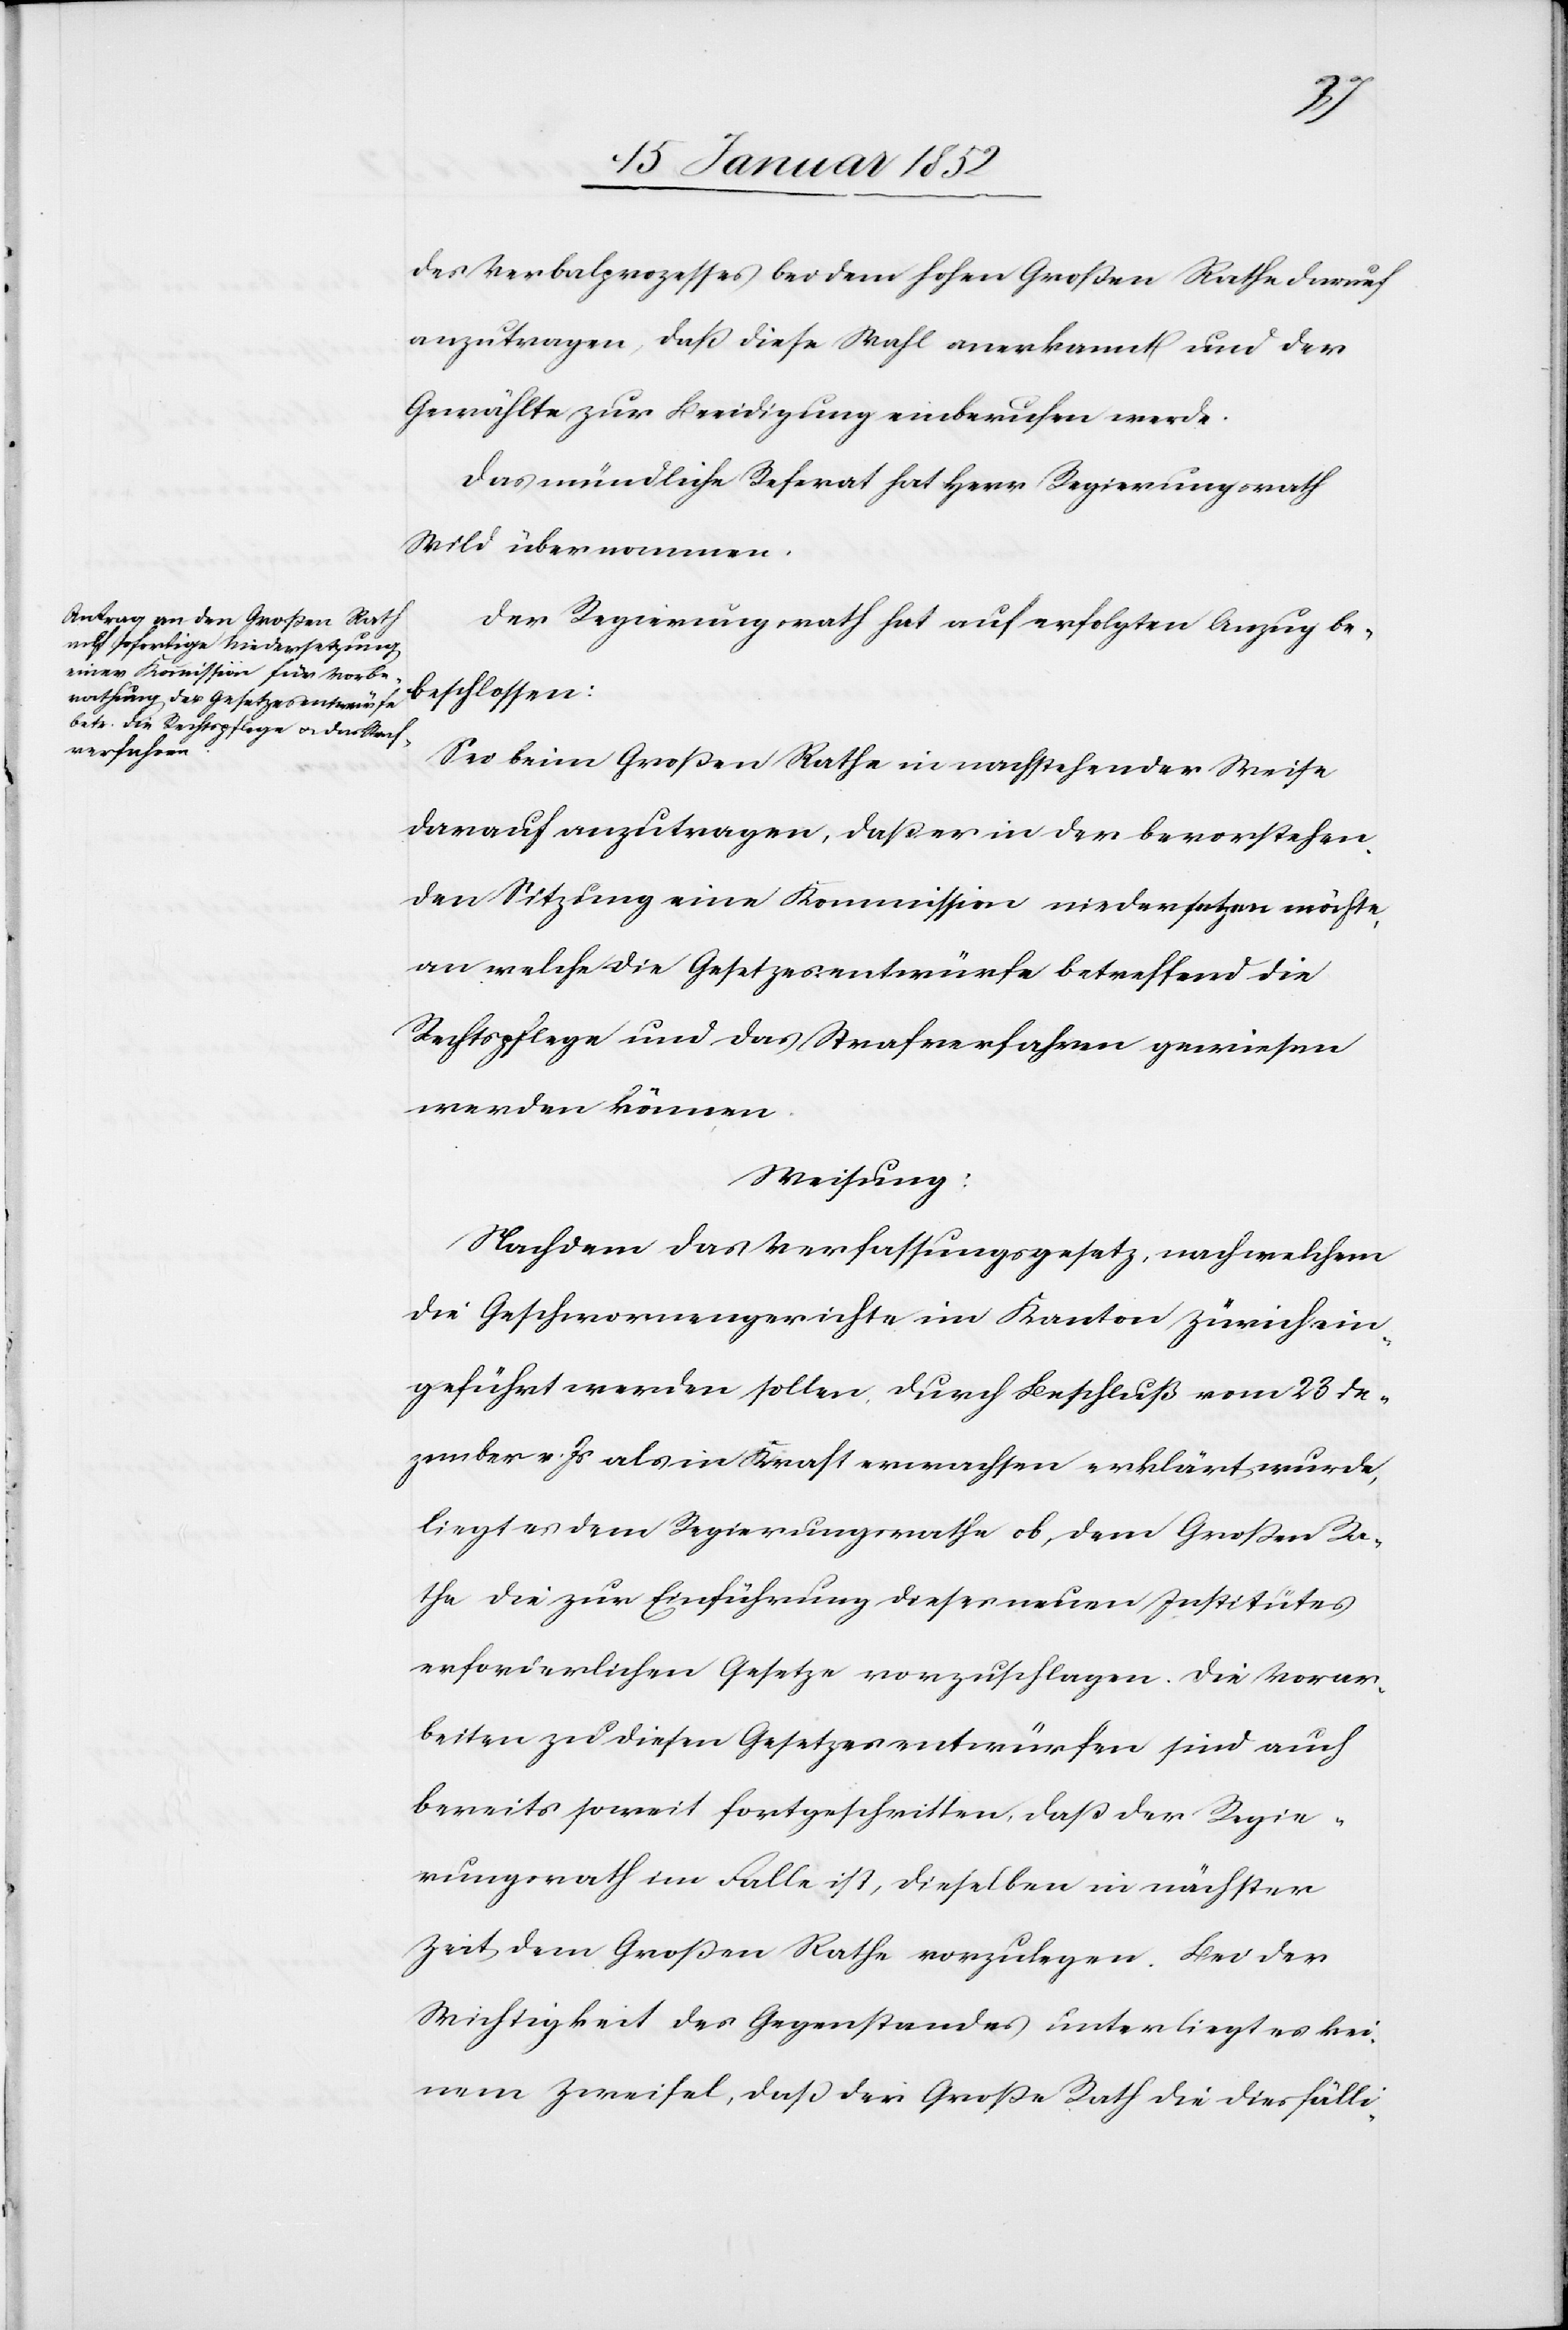
des Verbalprozesses bei dem hohen Großen Rathe darauf
anzutragen, daß diese Wahl anerkannt und der
Gewählte zur Beeidigung einberufen werde.
Das mündliche Referat hat Herr Regierungsrath
Wild übernommen.
Der Regierungsrath hat auf erfolgten Anzug b¬
eschlossen:
Sei beim Großen Rathe in nachstehender Weise
darauf anzutragen, daß er in der bevorstehen¬
den Sitzung eine Kommission niedersetzen möchte,
an welche die Gesetzesentwürfe betreffend die
Rechtspflege und das Strafverfahren gewiesen
werden können.
Weisung:
Nachdem das Verfassungsgesetz, nach welchem
die Geschwornengerichte im Kanton Zürich ein¬
geführt werden sollen, durch Beschluß vom 23 De¬
zember v. Js als in Kraft erwachsen erklärt wurde,
liegt es dem Regierungsrathe ob, dem Großen Ra¬
the die zur Einführung dieses neuen Institutes
erforderlichen Gesetze vorzuschlagen. Die Vorar¬
beiten zu diesen Gesetzesentwürfen sind auch
bereits soweit fortgeschritten, daß der Regie¬
rungsrath im Falle ist, dieselben in nächster
Zeit dem Großen Rathe vorzulegen. Bei der
Wichtigkeit des Gegenstandes unterliegt es kei¬
nem Zweifel, daß der Große Rath die diesfälli-